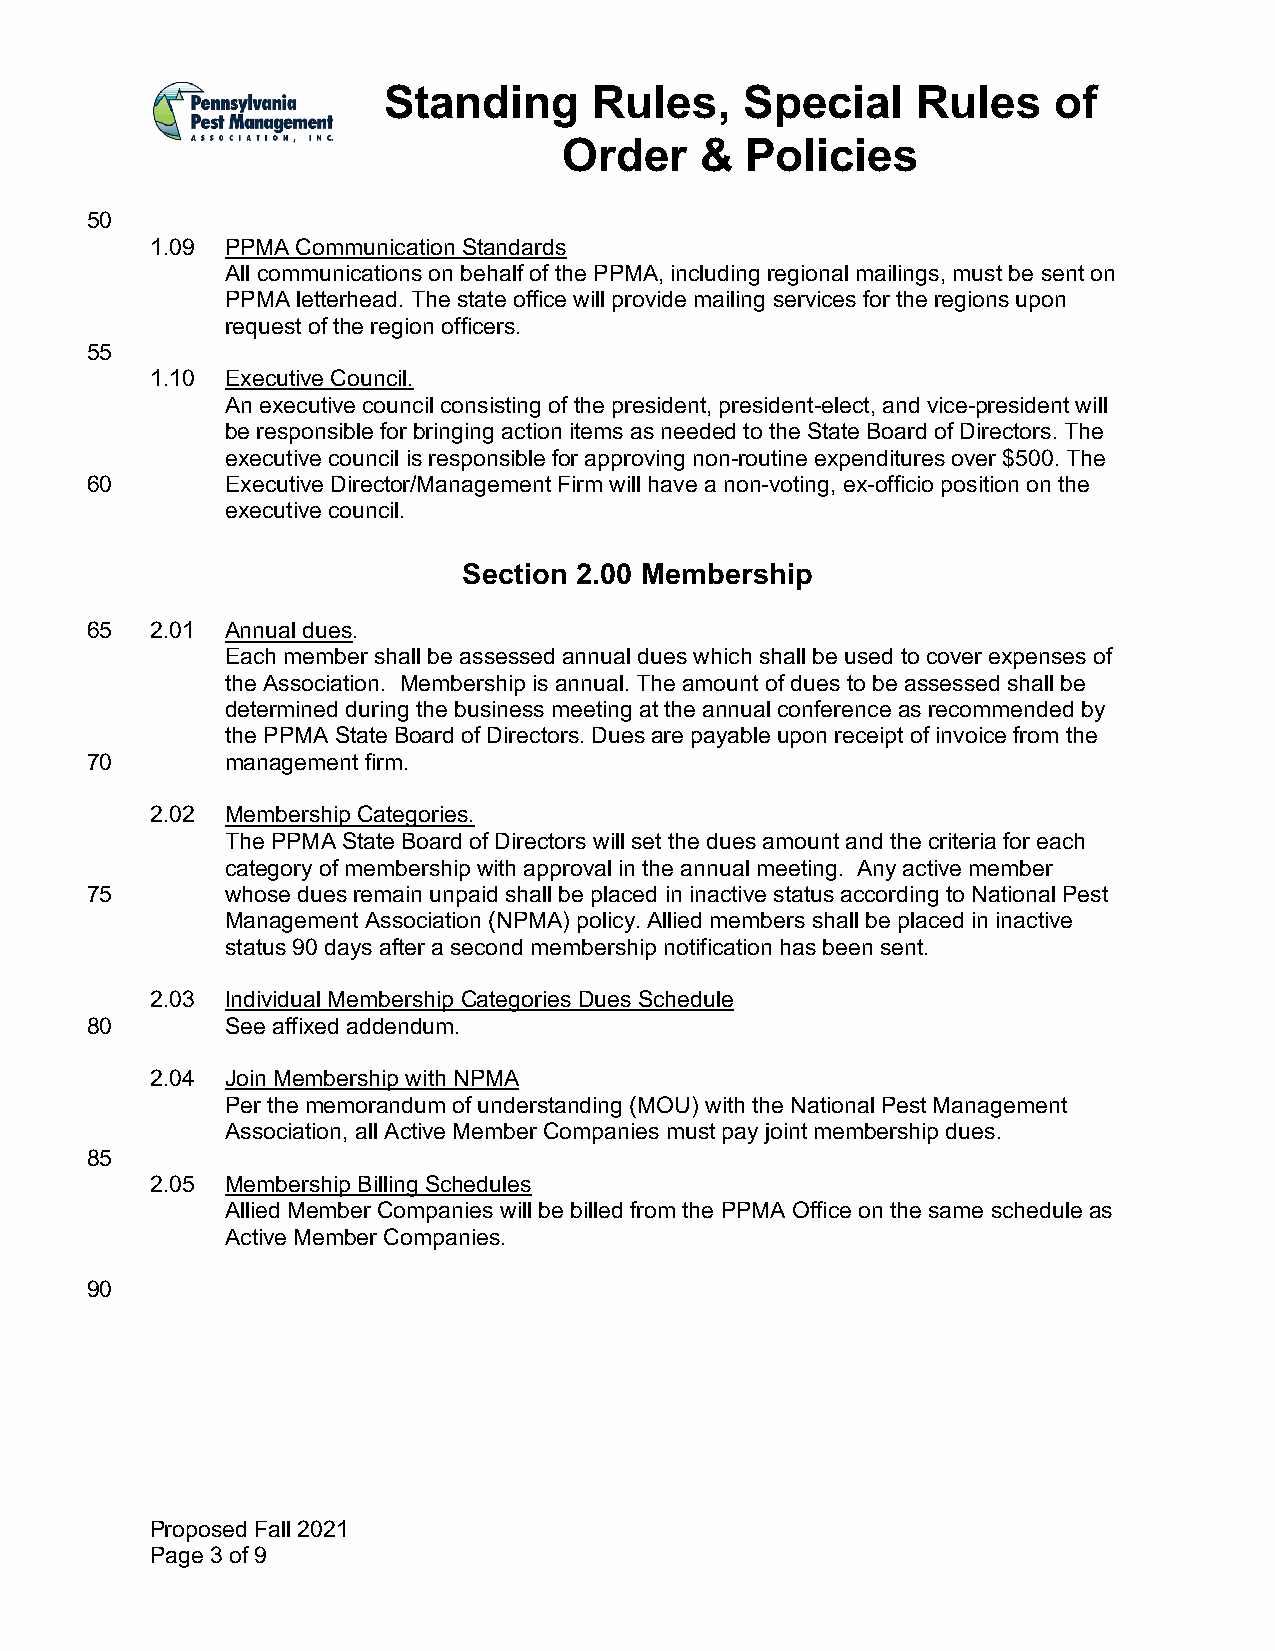
Standing      Rules,    Special     Rules    of
 Order    &  Policies
 50
 1.09 PPMA Communication Standards
 All communications on behalf of the PPMA, including regional mailings, must be sent on
 PPMA letterhead. The state office will provide mailing services for the regions upon
 request of the region officers.
 55
 1.10 Executive Council.
 An executive council consisting of the president, president-elect, and vice-president will
 be responsible for bringing action items as needed to the State Board of Directors. The
 executive council is responsible for approving non-routine expenditures over $500. The
 60       Executive Director/Management Firm will have a non-voting, ex-officio position on the
 executive council.
 Section 2.00 Membership
 65  2.01 Annual dues.
 Each member shall be assessed annual dues which shall be used to cover expenses of
 the Association. Membership is annual. The amount of dues to be assessed shall be
 determined during the business meeting at the annual conference as recommended by
 the PPMA State Board of Directors. Dues are payable upon receipt of invoice from the
 70       management firm.
 2.02 Membership Categories.
 The PPMA State Board of Directors will set the dues amount and the criteria for each
 category of membership with approval in the annual meeting. Any active member
 75       whose dues remain unpaid shall be placed in inactive status according to National Pest
 Management Association (NPMA) policy. Allied members shall be placed in inactive
 status 90 days after a second membership notification has been sent.
 2.03 Individual Membership Categories Dues Schedule
 80       See affixed addendum.
 2.04 Join Membership with NPMA
 Per the memorandum of understanding (MOU) with the National Pest Management
 Association, all Active Member Companies must pay joint membership dues.
 85
 2.05 Membership Billing Schedules
 Allied Member Companies will be billed from the PPMA Office on the same schedule as
 Active Member Companies.
 90
 Proposed Fall 2021
 Page 3 of 9